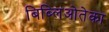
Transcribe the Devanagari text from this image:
बिब्लिओतेका